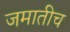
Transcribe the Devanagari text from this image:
जमातीच